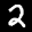
Label: 2